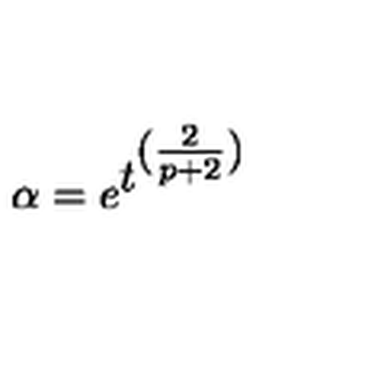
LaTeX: \alpha = e ^ { \textstyle t ^ { \textstyle ( \frac { 2 } { p + 2 } ) } }